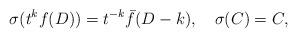
LaTeX: \begin{align*}\sigma(t^k f(D)) = t^{-k} \bar{f} (D-k),\quad \sigma (C) = C,\end{align*}